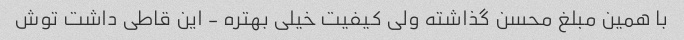
با همین مبلغ محسن گذاشته ولی کیفیت خیلی بهتره - این قاطی داشت توش